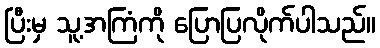
ပြီးမှ သူ့အကြံကို ပြောပြလိုက်ပါသည်။